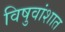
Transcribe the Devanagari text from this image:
विषुवांशात